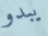
يبدو